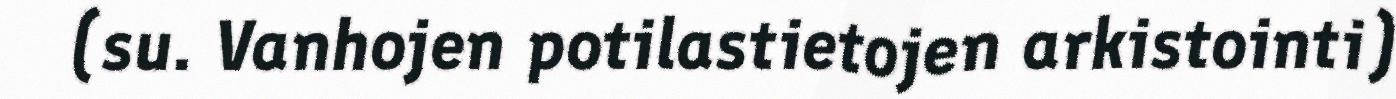
(su. Vanhojen potilastietojen arkistointi)